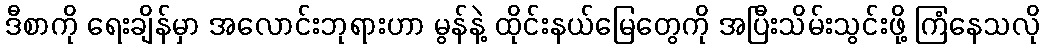
ဒီစာကို ရေးချိန်မှာ အလောင်းဘုရားဟာ မွန်နဲ့ ထိုင်းနယ်မြေတွေကို အပြီးသိမ်းသွင်းဖို့ ကြံနေသလို